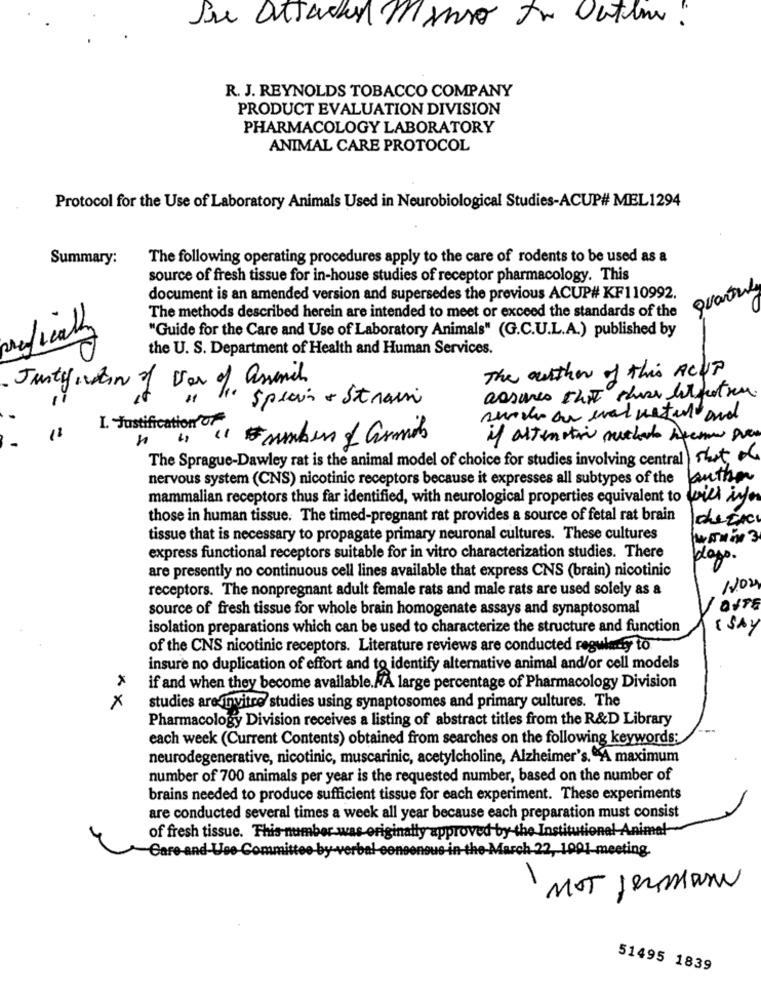
Sie attacken manso to datum"
R. J. REYNOLDS TOBACCO COMPANY
PRODUCT EVALUATION DIVISION
PHARMACOLOGY LABORATORY
ANIMAL CARE PROTOCOL
Protocol for the Use of Laboratory Animals Used in Neurobiological Studies-ACUP# MEL1294
Summary:
The following operating procedures apply to the care of rodents to be used as a
source of fresh tissue for in-house studies of receptor pharmacology. This
document is an amended version and supersedes the previous ACUP# KF110992.
The methods described herein are intended to meet or exceed the standards of the
agfreally
"Guide for the Care and Use of Laboratory Animals" (G.C.U.L.A.) published by
the U. S. Department of Health and Human Services.
The author of this ACUP
Justynton of war of assenich
assumes that those Withtren.
Specivi + Strani
I. Justification OF
"1 "members of Comob
if alternation muther Apeme Den
The Sprague-Dawley rat is the animal model of choice for studies involving central that of
nervous system (CNS) nicotinic receptors because it expresses all subtypes of the
author
mammalian receptors thus far identified, with neurological properties equivalent to will infor
those in human tissue. The timed-pregnant rat provides a source of fetal rat brain
tissue that is necessary to propagate primary neuronal cultures. These cultures
express functional receptors suitable for in vitro characterization studies. There
dags.
are presently no continuous cell lines available that express CNS (brain) nicotinic
receptors. The nonpregnant adult female rats and male rats are used solely as a
/204
source of fresh tissue for whole brain homogenate assays and synaptosomal
isolation preparations which can be used to characterize the structure and function
( SAY
of the CNS nicotinic receptors. Literature reviews are conducted regularny to
insure no duplication of effort and to identify alternative animal and/or cell models
x
if and when they become available. A large percentage of Pharmacology Division
x
studies are invitro studies using synaptosomes and primary cultures. The
Pharmacology Division receives a listing of abstract titles from the R&D Library
each week (Current Contents) obtained from searches on the following keywords;
neurodegenerative, nicotinic, muscarinic, acetylcholine, Alzheimer's. A maximum
number of 700 animals per year is the requested number, based on the number of
brains needed to produce sufficient tissue for each experiment. These experiments
are conducted several times a week all year because each preparation must consist
of fresh tissue. This-number was originally approved by the Institutional Animal
Care-and-Loo-Commi
verbal
ense
o-in-the-March 22, 1991 meeting.
MOT jermann
-
51495 1839